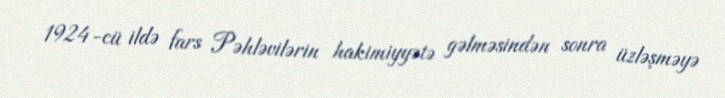
1924-cü ildə fars Pəhləvilərin hakimiyyətə gəlməsindən sonra üzləşməyə